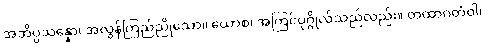
အဘိပ္ပသန္နော၊ အလွန်ကြည်ညိုသော။ ယောစ၊ အကြင်ပုဂ္ဂိုလ်သည်လည်း။ တထာဂတံဝါ၊